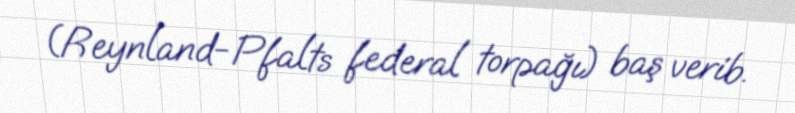
(Reynland-Pfalts federal torpağı) baş verib.